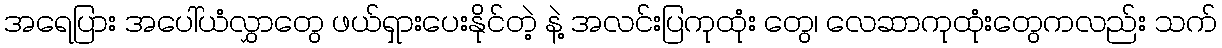
အရေပြား အပေါ်ယံလွှာတွေ ဖယ်ရှားပေးနိုင်တဲ့ နဲ့ အလင်းပြကုထုံး တွေ၊ လေဆာကုထုံးတွေကလည်း သက်